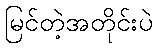
မြင်တဲ့အတိုင်းပဲ